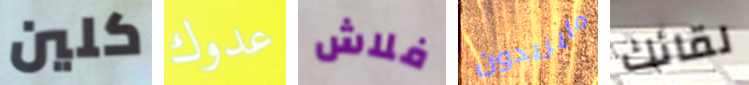
كلين عدوك فلاش مايريدون لقائك